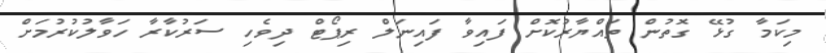
މިކަމާ ގުޅޭ ގޮތުން ތައްޔާރުކޮށް ފައިވާ ފައިނަލް ރިޕޯޓް ދިވެހި ސަރުކާރާ ހަވާލުކުރުމަށް